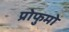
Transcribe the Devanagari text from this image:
प्रोफुमो